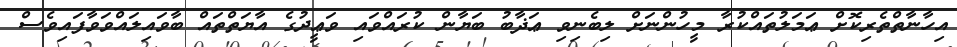
އިހާނާތްތެރިކޮށް ޢަމަލުތައްކުރާ މީހުންނަށް ލިބެނިވި ޢަޛާބު ބަޔާން ކުރައްވައި ވަޢީދުގެ އާޔަތްތައް ބާވައިލައްވަވާފައިވެސް